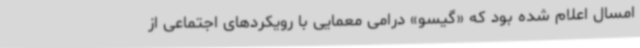
امسال اعلام شده بود که «گیسو» درامی معمایی با رویکردهای اجتماعی از